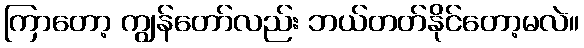
ကြာတော့ ကျွန်တော်လည်း ဘယ်တတ်နိုင်တော့မလဲ။